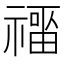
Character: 𰨑